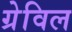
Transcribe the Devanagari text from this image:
ग्रेविल